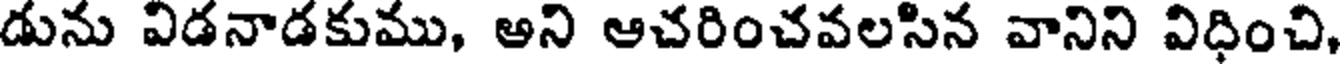
డును విడనాడకుము, అని ఆచరించవలసిన వానిని విధించి,